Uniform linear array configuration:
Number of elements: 4
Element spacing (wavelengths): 0.5
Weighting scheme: hamming
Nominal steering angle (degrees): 15
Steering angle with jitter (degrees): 16.396
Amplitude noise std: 0.05
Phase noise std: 0.05

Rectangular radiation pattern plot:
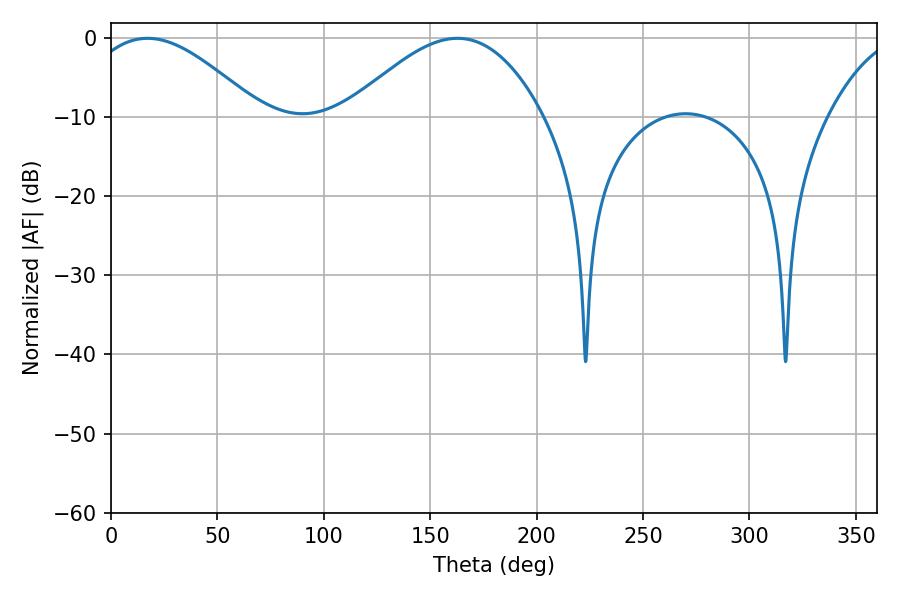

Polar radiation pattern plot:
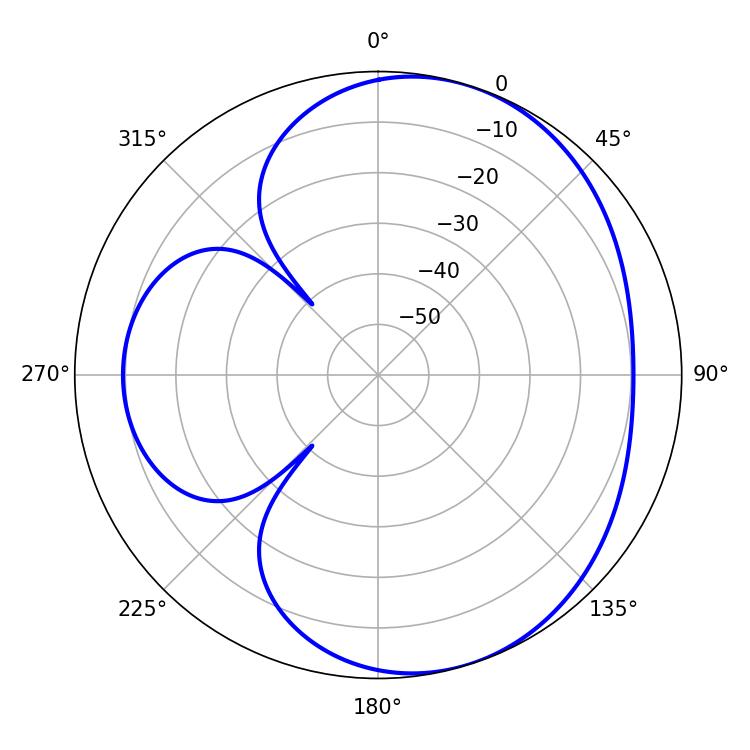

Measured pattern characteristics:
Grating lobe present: FALSE
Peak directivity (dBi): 5.134
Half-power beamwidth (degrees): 44.28
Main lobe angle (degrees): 17.1